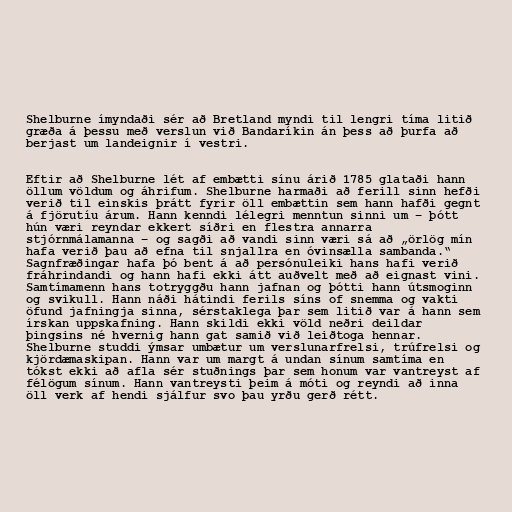
Shelburne ímyndaði sér að Bretland myndi til lengri tíma litið
græða á þessu með verslun við Bandaríkin án þess að þurfa að
berjast um landeignir í vestri.

Eftir að Shelburne lét af embætti sínu árið 1785 glataði hann
öllum völdum og áhrifum. Shelburne harmaði að ferill sinn hefði
verið til einskis þrátt fyrir öll embættin sem hann hafði gegnt
á fjörutíu árum. Hann kenndi lélegri menntun sinni um – þótt
hún væri reyndar ekkert síðri en flestra annarra
stjórnmálamanna – og sagði að vandi sinn væri sá að „örlög mín
hafa verið þau að efna til snjallra en óvinsælla sambanda.“
Sagnfræðingar hafa þó bent á að persónuleiki hans hafi verið
fráhrindandi og hann hafi ekki átt auðvelt með að eignast vini.
Samtímamenn hans totryggðu hann jafnan og þótti hann útsmoginn
og svikull. Hann náði hátindi ferils síns of snemma og vakti
öfund jafningja sinna, sérstaklega þar sem litið var á hann sem
írskan uppskafning. Hann skildi ekki völd neðri deildar
þingsins né hvernig hann gat samið við leiðtoga hennar.
Shelburne studdi ýmsar umbætur um verslunarfrelsi, trúfrelsi og
kjördæmaskipan. Hann var um margt á undan sínum samtíma en
tókst ekki að afla sér stuðnings þar sem honum var vantreyst af
félögum sínum. Hann vantreysti þeim á móti og reyndi að inna
öll verk af hendi sjálfur svo þau yrðu gerð rétt.